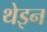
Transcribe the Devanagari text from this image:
थेइन